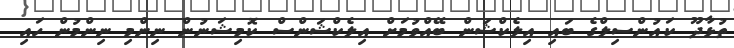
ތުޅާދޫ ކައުންސިލްގެ ބައި އިލެކްޝަން ބޭއްވުމަށް އިލެކްޝަންސް ކޮމިޝަނުން ނިންމި ނިންމުން ހައި